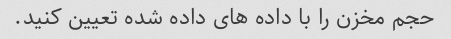
حجم مخزن را با داده های داده شده تعیین کنید.